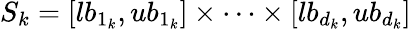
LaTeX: S_{k}=[lb_{1_{k}},ub_{1_{k}}]\times\dots\times[lb_{d_{k}},ub_{d_{k}}]